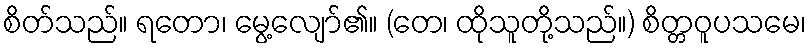
စိတ်သည်။ ရတော၊ မွေ့လျော်၏။ (တေ၊ ထိုသူတို့သည်။) စိတ္တဝူပသမေ၊